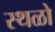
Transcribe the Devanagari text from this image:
स्थळो